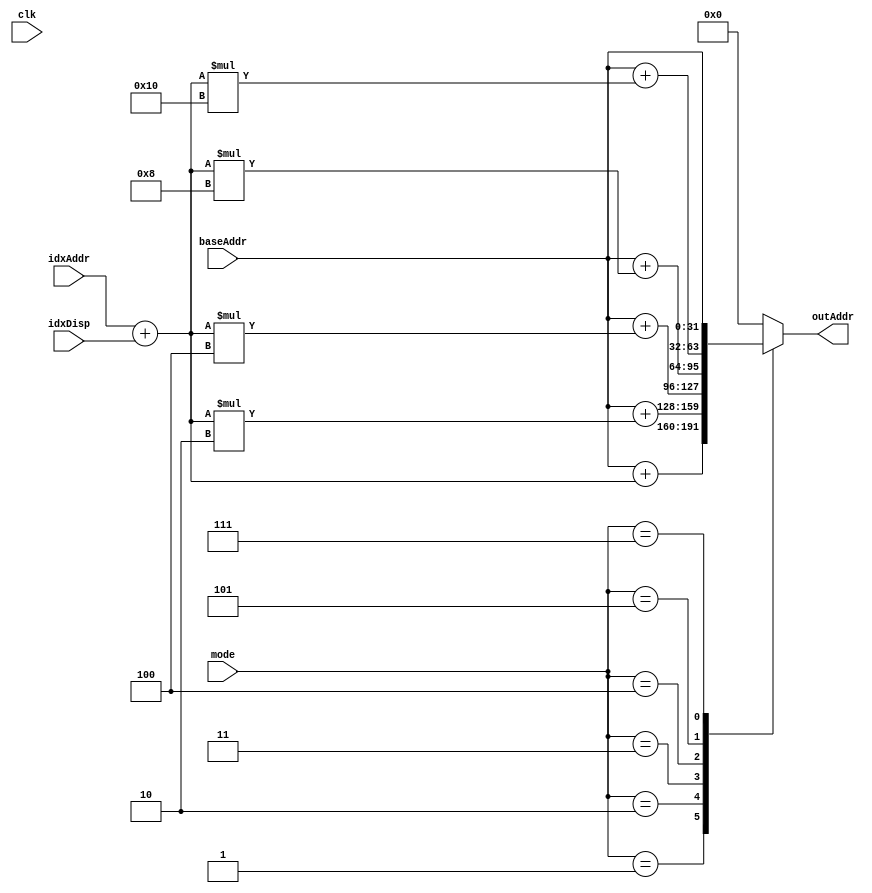
module MemAlu(
	/* verilator lint_off UNUSED */
	clk,
	mode,
	baseAddr,
	idxAddr,
	idxDisp,
	outAddr
);

input clk;
input[2:0] mode;
input[31:0] baseAddr;
input[31:0] idxAddr;
input[31:0] idxDisp;

output[31:0] outAddr;

reg[31:0] tIdxAddr;
reg[31:0] tOutAddr;

parameter[2:0]  MD_NONE  = 3'b000;
parameter[2:0]  MD_BYTE  = 3'b001;
parameter[2:0]  MD_WORD  = 3'b010;
parameter[2:0]  MD_DWORD = 3'b011;
parameter[2:0]  MD_QWORD = 3'b100;
parameter[2:0]  MD_OWORD = 3'b101;

parameter[2:0]  MD_MOV   = 3'b111;

parameter[31:0] NULL_ADDR = 32'h0000_0000;
parameter[31:0] NEG_ADDR = 32'h0000_0000;

always @ (mode) begin
	tIdxAddr = idxAddr+idxDisp;

	case(mode)
		MD_BYTE: begin
			tOutAddr = baseAddr+tIdxAddr;
		end
		MD_WORD: begin
			tOutAddr = baseAddr+tIdxAddr*2;
		end
		MD_DWORD: begin
			tOutAddr = baseAddr+tIdxAddr*4;
		end
		MD_QWORD: begin
			tOutAddr = baseAddr+tIdxAddr*8;
		end
		MD_OWORD: begin
			tOutAddr = baseAddr+tIdxAddr*16;
		end

		MD_MOV: begin
			tOutAddr = baseAddr;
		end

		default: begin
			tOutAddr = NULL_ADDR;
		end
	endcase
	outAddr = tOutAddr;
end

endmodule